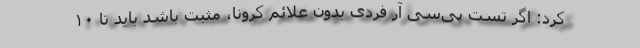
کرد: اگر تست پی‌سی آر فردی بدون علائم کرونا، مثبت باشد باید تا ۱۰